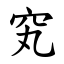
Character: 䆒